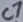
Text: C7